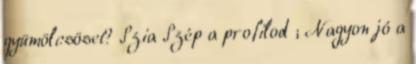
gyümölcsöset? Szia Szép a profilod ; Nagyon jó a